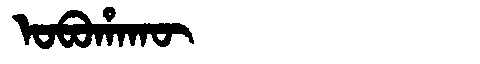
Manchu: ᠣᠪᠣᡥᠠᡴᡡ
Romanization: OBOHAKŪ